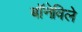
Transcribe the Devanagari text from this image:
बॉनेविले